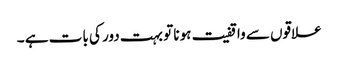
علاقوں سے واقفیت ہونا تو بہت دور کی بات ہے ۔